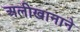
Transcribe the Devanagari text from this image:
अलीखानाने